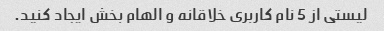
لیستی از 5 نام کاربری خلاقانه و الهام بخش ایجاد کنید.